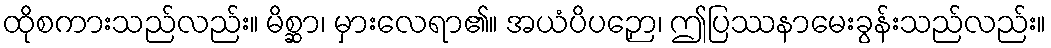
ထိုစကားသည်လည်း။ မိစ္ဆာ၊ မှားလေရာ၏။ အယံပိပဉှော၊ ဤပြဿနာမေးခွန်းသည်လည်း။